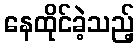
နေထိုင်ခဲ့သည့်